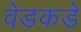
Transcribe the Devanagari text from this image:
वेडकडे